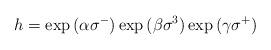
LaTeX: \begin{align*}h = \exp{(\alpha \sigma^-)} \exp{(\beta \sigma^3)}\exp{(\gamma \sigma^+)}\end{align*}